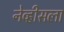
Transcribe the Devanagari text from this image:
नेव्हीसला